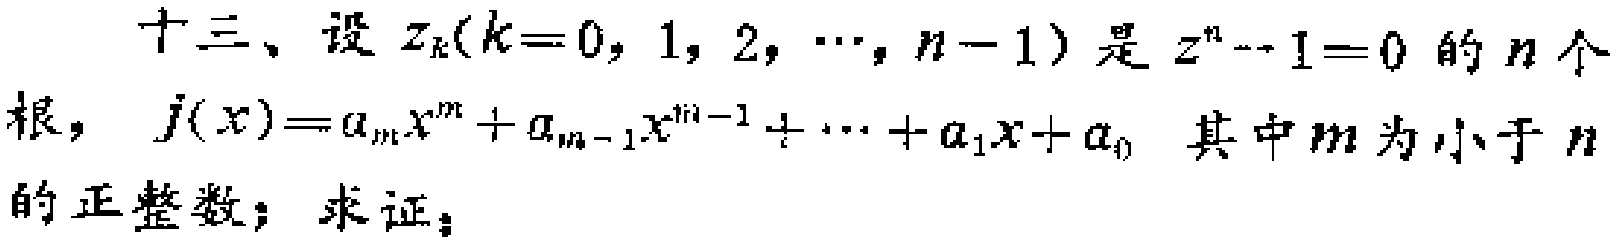
十三、设 \(z_{k}(k = 0,1,2,\cdots,n - 1)\) 是 \(z^{n}-1 = 0\) 的 \(n\) 个根，\(j(x)=a_{m}x^{m}+a_{m - 1}x^{m - 1}+\cdots+a_{1}x + a_{0}\) 其中 \(m\) 为小于 \(n\) 的正整数；求证：